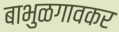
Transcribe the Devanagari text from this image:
बाभुळगावकर